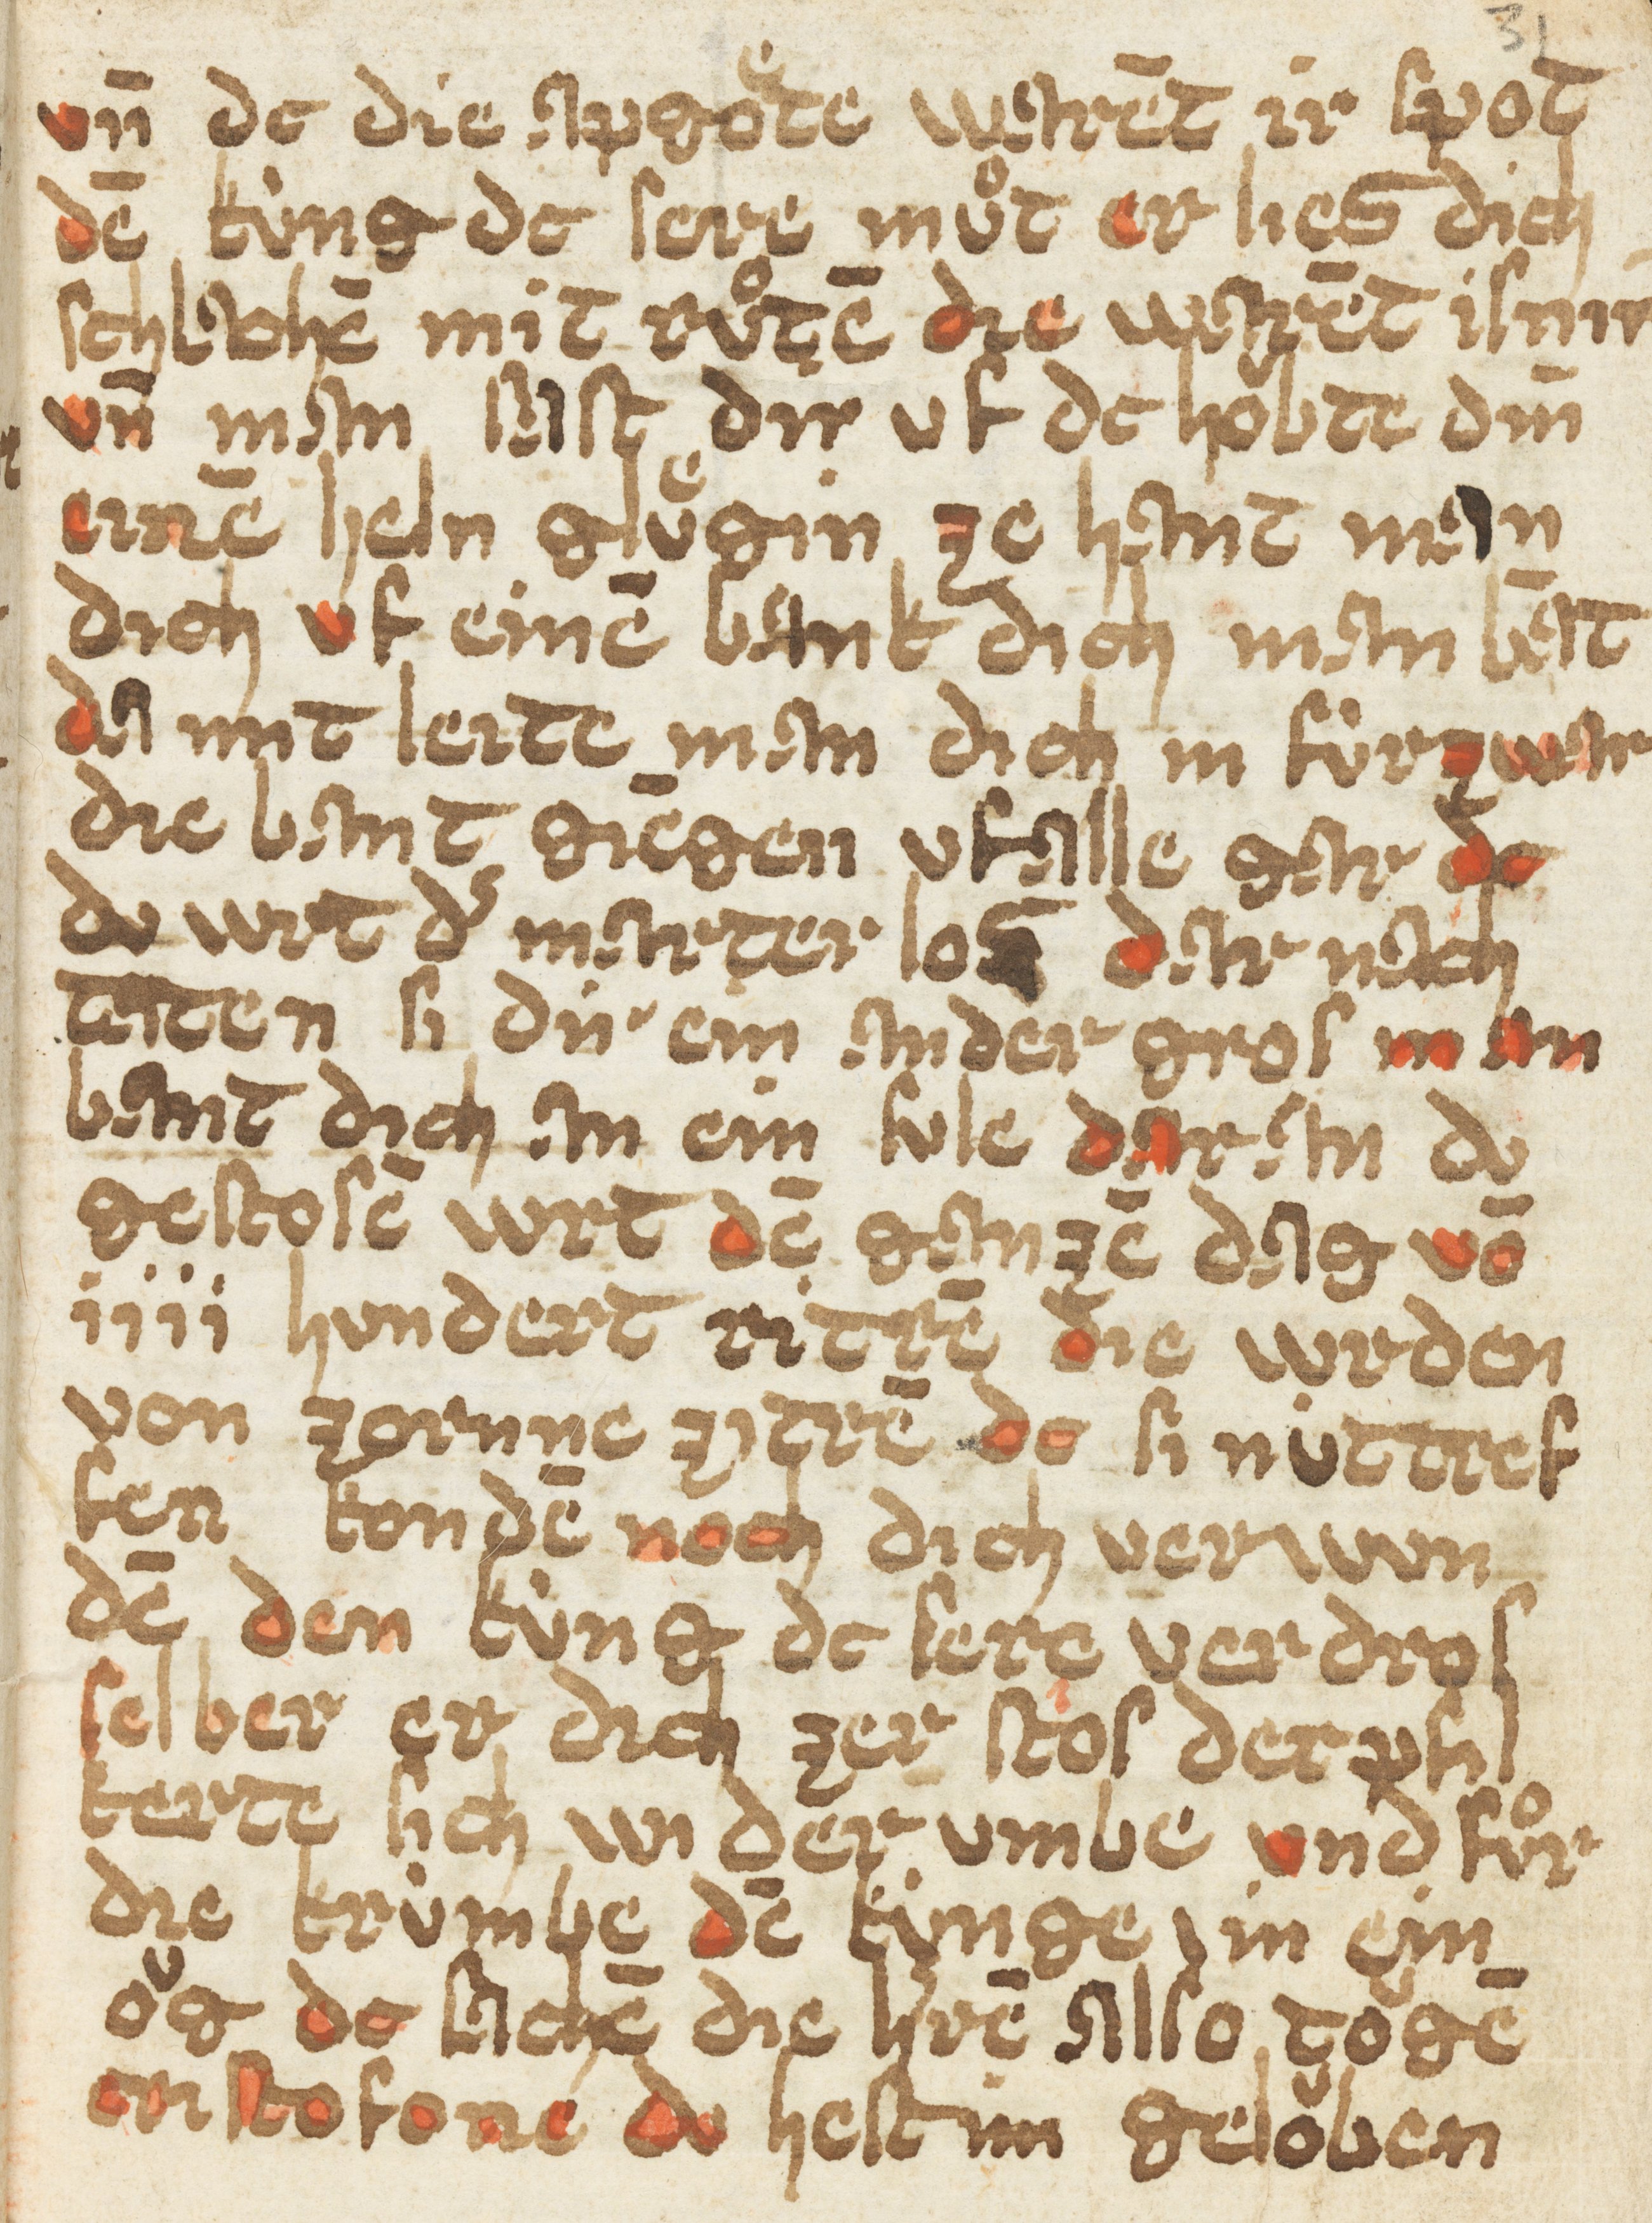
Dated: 1400–1424